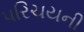
પરિચયની